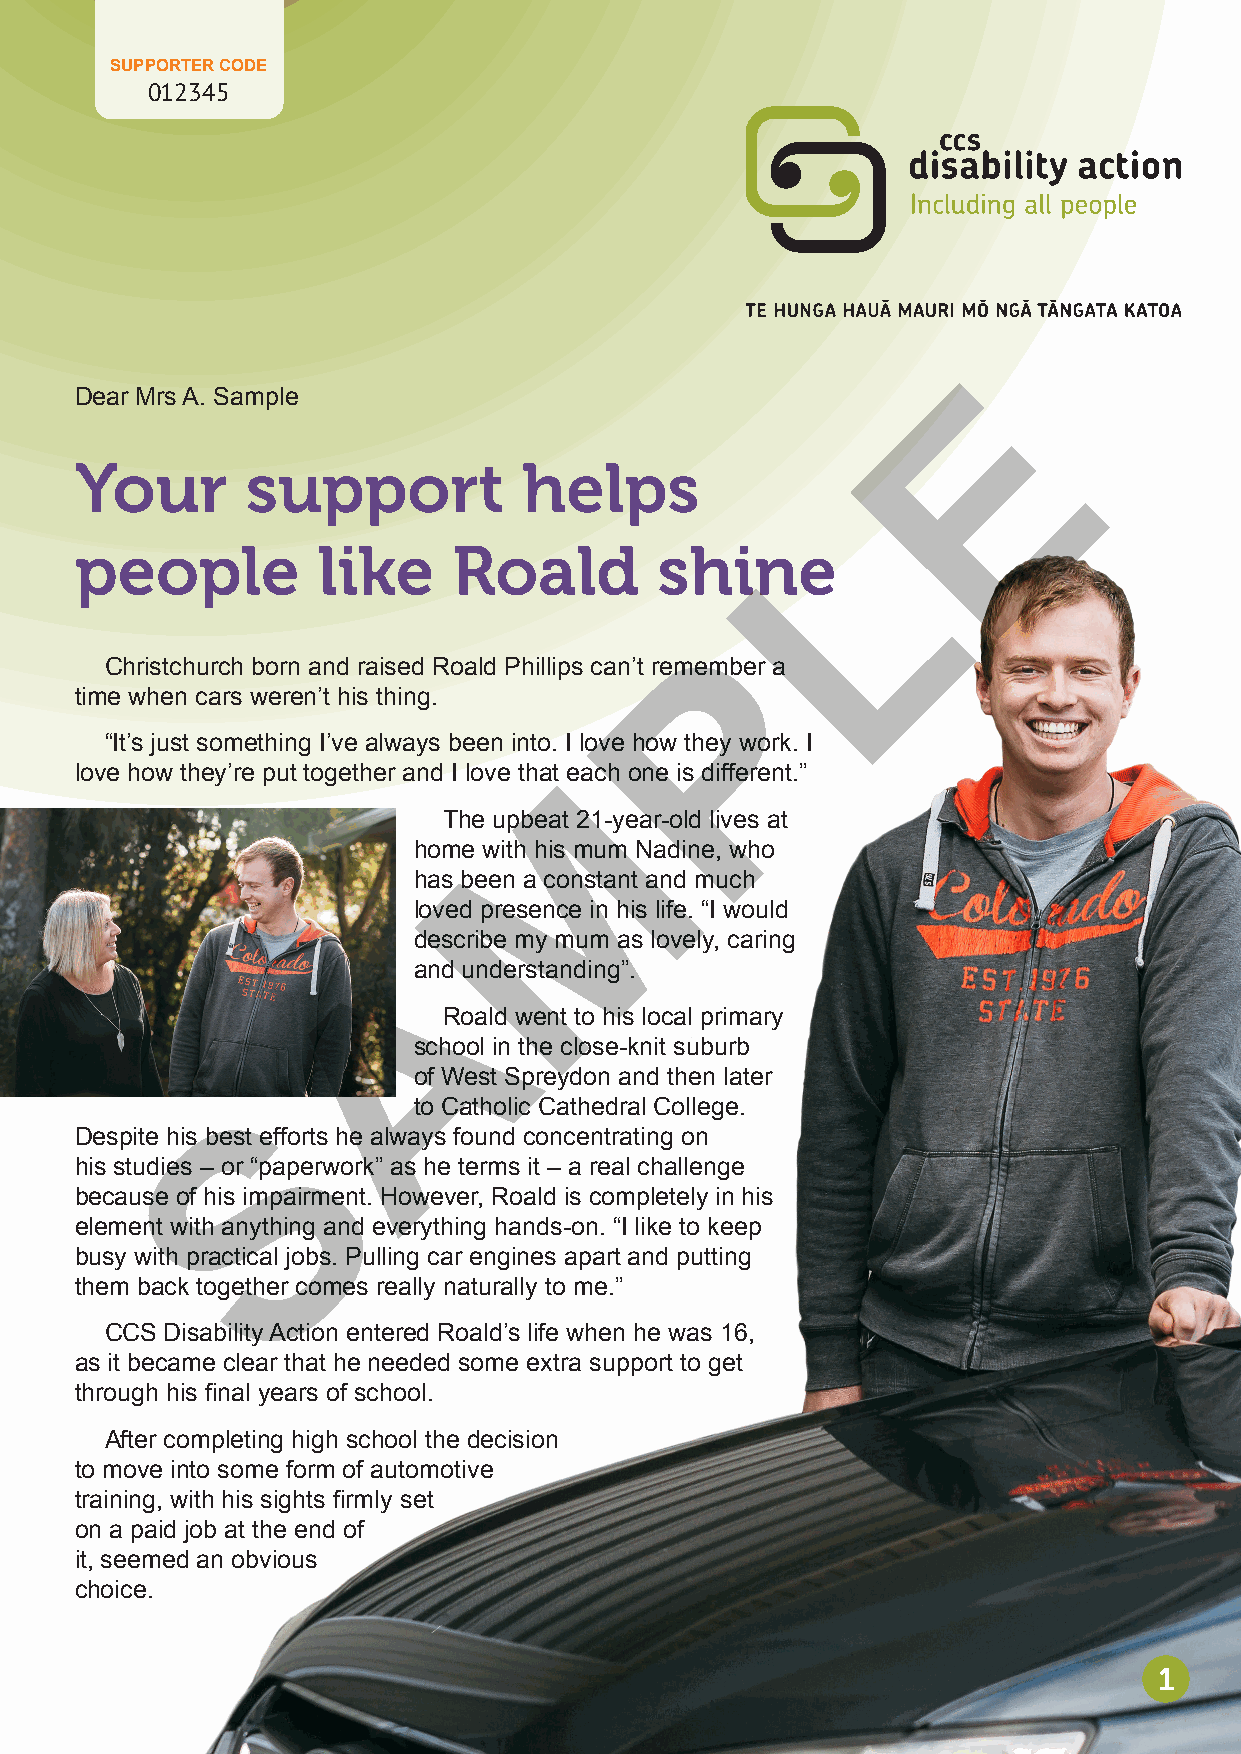
SUPPORTER CODE
 012345
 E
 Dear Mrs A. Sample
 Your       support            helps
 L
 people          like     Roald        shine
 P
 Christchurch born and raised Roald Phillips can’t remember a
 time when cars weren’t his thing.
 “It’s just something I’ve always been into. I love how they work. I
 M
 love how they’re put together and I love that each one is different.”
 The upbeat 21-year-old lives at
 home with his mum Nadine, who
 has been a constant and much
 loved presence in his life. “I would
 Adescribe my mum as lovely, caring
 and understanding”.
 Roald went to his local primary
 school in the close-knit suburb
 of West Spreydon and then later
 S
 to Catholic Cathedral College.
 Despite his best efforts he always found concentrating on
 his studies – or “paperwork” as he terms it – a real challenge
 because of his impairment. However, Roald is completely in his
 element with anything and everything hands-on. “I like to keep
 busy with practical jobs. Pulling car engines apart and putting
 them back together comes really naturally to me.”
 CCS Disability Action entered Roald’s life when he was 16,
 as it became clear that he needed some extra support to get
 through his final years of school.
 After completing high school the decision
 to move into some form of automotive
 training, with his sights firmly set
 on a paid job at the end of
 it, seemed an obvious
 choice.
 1